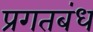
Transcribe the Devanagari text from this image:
प्रगतबंध